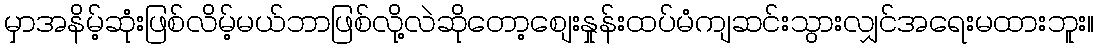
မှာအနိမ့်ဆုံးဖြစ်လိမ့်မယ်ဘာဖြစ်လို့လဲဆိုတော့စျေးနှုန်းထပ်မံကျဆင်းသွားလျှင်အရေးမထားဘူး။